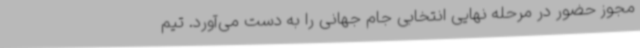
مجوز حضور در مرحله نهایی انتخابی جام جهانی را به دست می‌آورد. تیم